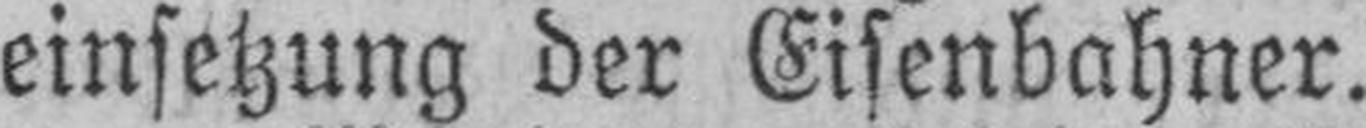
einsetzung der Eisenbahner.